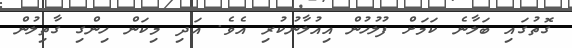
ގޮތުގައި ބަލާނެ ކަމަށް ފުލުހުން އިއުލާނުކުރި އެވެ. އަދި މިކަން ހިންގި ގާތިލުން